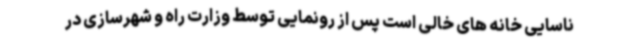
ناسایی خانه های خالی است پس از رونمایی توسط وزارت راه و شهرسازی در